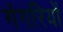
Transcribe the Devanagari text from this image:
गंगरियों